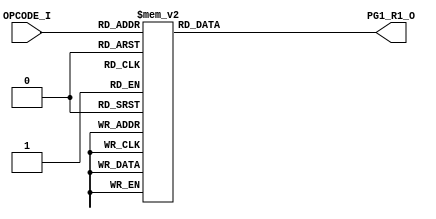
// [TURBO9_DECODE_HEADER_START]
//////////////////////////////////////////////////////////////////////////////
//                          Turbo9 Microprocessor IP
//////////////////////////////////////////////////////////////////////////////
// Website: www.turbo9.org
// Contact: team[at]turbo9[dot]org
//////////////////////////////////////////////////////////////////////////////
// [TURBO9_DECODE_LICENSE_START]
// BSD-1-Clause
//
// Copyright (c) 2020-2023
// Kevin Phillipson
// Michael Rywalt
// All rights reserved.
//
// Redistribution and use in source and binary forms, with or without
// modification, are permitted provided that the following conditions are met:
//
// 1. Redistributions of source code must retain the above copyright notice,
//    this list of conditions and the following disclaimer.
//
// THIS SOFTWARE IS PROVIDED BY THE COPYRIGHT HOLDERS AND CONTRIBUTORS "AS IS"
// AND ANY EXPRESS OR IMPLIED WARRANTIES, INCLUDING, BUT NOT LIMITED TO, THE
// IMPLIED WARRANTIES OF MERCHANTABILITY AND FITNESS FOR A PARTICULAR PURPOSE
// ARE DISCLAIMED. IN NO EVENT SHALL THE COPYRIGHT HOLDERS AND CONTRIBUTORS BE
// LIABLE FOR ANY DIRECT, INDIRECT, INCIDENTAL, SPECIAL, EXEMPLARY, OR
// CONSEQUENTIAL DAMAGES (INCLUDING, BUT NOT LIMITED TO, PROCUREMENT OF
// SUBSTITUTE GOODS OR SERVICES; LOSS OF USE, DATA, OR PROFITS; OR BUSINESS
// INTERRUPTION) HOWEVER CAUSED AND ON ANY THEORY OF LIABILITY, WHETHER IN
// CONTRACT, STRICT LIABILITY, OR TORT (INCLUDING NEGLIGENCE OR OTHERWISE)
// ARISING IN ANY WAY OUT OF THE USE OF THIS SOFTWARE, EVEN IF ADVISED OF THE
// POSSIBILITY OF SUCH DAMAGE.
// [TURBO9_DECODE_LICENSE_END]
//////////////////////////////////////////////////////////////////////////////
// Description:
// Assembled from turbo9_urtl.asm file
// built using cv_R1_SEL ctrl_vec
//
//////////////////////////////////////////////////////////////////////////////
// History:
// 07.14.2023 - Kevin Phillipson
//   File header added
//
//////////////////////////////////////////////////////////////////////////////
// [TURBO9_DECODE_HEADER_END]

/////////////////////////////////////////////////////////////////////////////
//                                MODULE
/////////////////////////////////////////////////////////////////////////////
module turbo9_urtl_decode_pg1_R1(
  input      [7:0] OPCODE_I,
  output reg [3:0] PG1_R1_O
);

/////////////////////////////////////////////////////////////////////////////
//                                LOGIC
/////////////////////////////////////////////////////////////////////////////

always @* begin
  case (OPCODE_I)
    8'h00 : PG1_R1_O = 4'hd; // DMEM_RD     NEG (dir idx ext) sets 8bit width
    8'h03 : PG1_R1_O = 4'hd; // DMEM_RD     COM (dir idx ext) sets 8bit width
    8'h04 : PG1_R1_O = 4'hd; // DMEM_RD     LSR (dir idx ext)
    8'h06 : PG1_R1_O = 4'hd; // DMEM_RD     ROR (dir idx ext)
    8'h07 : PG1_R1_O = 4'hd; // DMEM_RD     ASR (dir idx ext)
    8'h08 : PG1_R1_O = 4'hd; // DMEM_RD     ASL LSL (dir idx ext)
    8'h09 : PG1_R1_O = 4'hd; // DMEM_RD     ROL (dir idx ext)
    8'h0A : PG1_R1_O = 4'hd; // DMEM_RD     DEC (dir idx ext)
    8'h0C : PG1_R1_O = 4'hd; // DMEM_RD     INC (dir idx ext)
    8'h0D : PG1_R1_O = 4'hd; // DMEM_RD     TST (dir idx ext)
    8'h0E : PG1_R1_O = 4'h5; // PC          JMP (dir ext)
    8'h0F : PG1_R1_O = 4'hd; // DMEM_RD     CLR (dir ext) sets 8bit width
    8'h14 : PG1_R1_O = 4'h0; // D           EMUL (inh)
    8'h16 : PG1_R1_O = 4'h5; // PC          LBRA 
    8'h17 : PG1_R1_O = 4'h5; // PC          BSR LBSR
    8'h18 : PG1_R1_O = 4'h1; // X           IDIV (inh)
    8'h19 : PG1_R1_O = 4'h0; // D           DAA (inh)
    8'h1A : PG1_R1_O = 4'ha; // CCR         ORCC (imm)
    8'h1C : PG1_R1_O = 4'ha; // CCR         ANDCC (imm)
    8'h1D : PG1_R1_O = 4'h0; // D           SEX(inh)
    8'h20 : PG1_R1_O = 4'h5; // PC          BRA BRN BHI BLS
    8'h21 : PG1_R1_O = 4'h5; // PC          BRA BRN BHI BLS
    8'h22 : PG1_R1_O = 4'h5; // PC          BRA BRN BHI BLS
    8'h23 : PG1_R1_O = 4'h5; // PC          BRA BRN BHI BLS
    8'h24 : PG1_R1_O = 4'h5; // PC          BCC BCS BNE BEQ
    8'h25 : PG1_R1_O = 4'h5; // PC          BCC BCS BNE BEQ
    8'h26 : PG1_R1_O = 4'h5; // PC          BCC BCS BNE BEQ
    8'h27 : PG1_R1_O = 4'h5; // PC          BCC BCS BNE BEQ
    8'h28 : PG1_R1_O = 4'h5; // PC          BVC BVS BPL BMI
    8'h29 : PG1_R1_O = 4'h5; // PC          BVC BVS BPL BMI
    8'h2A : PG1_R1_O = 4'h5; // PC          BVC BVS BPL BMI
    8'h2B : PG1_R1_O = 4'h5; // PC          BVC BVS BPL BMI
    8'h2C : PG1_R1_O = 4'h5; // PC          BGE BLT BGT BLE
    8'h2D : PG1_R1_O = 4'h5; // PC          BGE BLT BGT BLE
    8'h2E : PG1_R1_O = 4'h5; // PC          BGE BLT BGT BLE
    8'h2F : PG1_R1_O = 4'h5; // PC          BGE BLT BGT BLE
    8'h30 : PG1_R1_O = 4'h1; // X           LEAX(inh)
    8'h31 : PG1_R1_O = 4'h2; // Y           LEAY(inh)
    8'h32 : PG1_R1_O = 4'h4; // S           LEAS(inh)
    8'h33 : PG1_R1_O = 4'h3; // U           LEAU(inh)
    8'h39 : PG1_R1_O = 4'h5; // PC          RTS
    8'h3A : PG1_R1_O = 4'h1; // X           ABX(inh)
    8'h3B : PG1_R1_O = 4'h5; // PC          RTI
    8'h3D : PG1_R1_O = 4'h0; // D           MUL (inh)
    8'h3F : PG1_R1_O = 4'h5; // PC          SWI
    8'h40 : PG1_R1_O = 4'h8; // A           NEGA (inh)
    8'h43 : PG1_R1_O = 4'h8; // A           COMA (inh)
    8'h44 : PG1_R1_O = 4'h8; // A           LSRA (inh)
    8'h46 : PG1_R1_O = 4'h8; // A           RORA (inh)
    8'h47 : PG1_R1_O = 4'h8; // A           ASRA (inh)
    8'h48 : PG1_R1_O = 4'h8; // A           ASLA LSLA (inh)
    8'h49 : PG1_R1_O = 4'h8; // A           ROLA (inh)
    8'h4A : PG1_R1_O = 4'h8; // A           DECA (inh)
    8'h4C : PG1_R1_O = 4'h8; // A           INCA (inh)
    8'h4D : PG1_R1_O = 4'h8; // A           TSTA (inh)
    8'h4F : PG1_R1_O = 4'h8; // A           CLRA (inh)
    8'h50 : PG1_R1_O = 4'h9; // B           NEGB (inh)
    8'h53 : PG1_R1_O = 4'h9; // B           COMB (inh)
    8'h54 : PG1_R1_O = 4'h9; // B           LSRB (inh)
    8'h56 : PG1_R1_O = 4'h9; // B           RORB (inh)
    8'h57 : PG1_R1_O = 4'h9; // B           ASRB (inh)
    8'h58 : PG1_R1_O = 4'h9; // B           ASLB LSLB (inh)
    8'h59 : PG1_R1_O = 4'h9; // B           ROLB (inh)
    8'h5A : PG1_R1_O = 4'h9; // B           DECB (inh)
    8'h5C : PG1_R1_O = 4'h9; // B           INCB (inh)
    8'h5D : PG1_R1_O = 4'h9; // B           TSTB (inh)
    8'h5F : PG1_R1_O = 4'h9; // B           CLRB (inh)
    8'h60 : PG1_R1_O = 4'hd; // DMEM_RD     NEG (dir idx ext) sets 8bit width
    8'h63 : PG1_R1_O = 4'hd; // DMEM_RD     COM (dir idx ext) sets 8bit width
    8'h64 : PG1_R1_O = 4'hd; // DMEM_RD     LSR (dir idx ext)
    8'h66 : PG1_R1_O = 4'hd; // DMEM_RD     ROR (dir idx ext)
    8'h67 : PG1_R1_O = 4'hd; // DMEM_RD     ASR (dir idx ext)
    8'h68 : PG1_R1_O = 4'hd; // DMEM_RD     ASL LSL (dir idx ext)
    8'h69 : PG1_R1_O = 4'hd; // DMEM_RD     ROL (dir idx ext)
    8'h6A : PG1_R1_O = 4'hd; // DMEM_RD     DEC (dir idx ext)
    8'h6C : PG1_R1_O = 4'hd; // DMEM_RD     INC (dir idx ext)
    8'h6D : PG1_R1_O = 4'hd; // DMEM_RD     TST (dir idx ext)
    8'h6E : PG1_R1_O = 4'h5; // PC          JMP (idx)
    8'h6F : PG1_R1_O = 4'hd; // DMEM_RD     CLR (idx) sets 8bit width
    8'h70 : PG1_R1_O = 4'hd; // DMEM_RD     NEG (dir idx ext) sets 8bit width
    8'h73 : PG1_R1_O = 4'hd; // DMEM_RD     COM (dir idx ext) sets 8bit width
    8'h74 : PG1_R1_O = 4'hd; // DMEM_RD     LSR (dir idx ext)
    8'h76 : PG1_R1_O = 4'hd; // DMEM_RD     ROR (dir idx ext)
    8'h77 : PG1_R1_O = 4'hd; // DMEM_RD     ASR (dir idx ext)
    8'h78 : PG1_R1_O = 4'hd; // DMEM_RD     ASL LSL (dir idx ext)
    8'h79 : PG1_R1_O = 4'hd; // DMEM_RD     ROL (dir idx ext)
    8'h7A : PG1_R1_O = 4'hd; // DMEM_RD     DEC (dir idx ext)
    8'h7C : PG1_R1_O = 4'hd; // DMEM_RD     INC (dir idx ext)
    8'h7D : PG1_R1_O = 4'hd; // DMEM_RD     TST (dir idx ext)
    8'h7E : PG1_R1_O = 4'h5; // PC          JMP (dir ext)
    8'h7F : PG1_R1_O = 4'hd; // DMEM_RD     CLR (dir ext) sets 8bit width
    8'h80 : PG1_R1_O = 4'h8; // A           SUBA (imm)
    8'h81 : PG1_R1_O = 4'h8; // A           CMPA (imm)
    8'h82 : PG1_R1_O = 4'h8; // A           SBCA (imm)
    8'h83 : PG1_R1_O = 4'h0; // D           SUBD (imm)
    8'h84 : PG1_R1_O = 4'h8; // A           ANDA (imm)
    8'h85 : PG1_R1_O = 4'h8; // A           BITA (imm)
    8'h86 : PG1_R1_O = 4'h8; // A           LDA (imm)
    8'h88 : PG1_R1_O = 4'h8; // A           EORA (imm)
    8'h89 : PG1_R1_O = 4'h8; // A           ADCA (imm)
    8'h8A : PG1_R1_O = 4'h8; // A           ORA (imm)
    8'h8B : PG1_R1_O = 4'h8; // A           ADDA (imm)
    8'h8C : PG1_R1_O = 4'h1; // X           CMPX (imm)
    8'h8D : PG1_R1_O = 4'h5; // PC          BSR LBSR
    8'h8E : PG1_R1_O = 4'h1; // X           LDX (imm)
    8'h90 : PG1_R1_O = 4'h8; // A           SUBA (dir idx ext)
    8'h91 : PG1_R1_O = 4'h8; // A           CMPA (dir idx ext)
    8'h92 : PG1_R1_O = 4'h8; // A           SBCA (dir idx ext)
    8'h93 : PG1_R1_O = 4'h0; // D           SUBD (dir idx ext)
    8'h94 : PG1_R1_O = 4'h8; // A           ANDA (dir idx ext)
    8'h95 : PG1_R1_O = 4'h8; // A           BITA (dir idx ext)
    8'h96 : PG1_R1_O = 4'h8; // A           LDA (dir idx ext)
    8'h97 : PG1_R1_O = 4'h8; // A           STA (dir ext)
    8'h98 : PG1_R1_O = 4'h8; // A           EORA (dir idx ext)
    8'h99 : PG1_R1_O = 4'h8; // A           ADCA (dir idx ext)
    8'h9A : PG1_R1_O = 4'h8; // A           ORA (dir idx ext)
    8'h9B : PG1_R1_O = 4'h8; // A           ADDA (dir idx ext)
    8'h9C : PG1_R1_O = 4'h1; // X           CMPX (dir idx ext)
    8'h9D : PG1_R1_O = 4'h5; // PC          JSR (dir ext)
    8'h9E : PG1_R1_O = 4'h1; // X           LDX (dir idx ext)
    8'h9F : PG1_R1_O = 4'h1; // X           STX (dir ext)
    8'hA0 : PG1_R1_O = 4'h8; // A           SUBA (dir idx ext)
    8'hA1 : PG1_R1_O = 4'h8; // A           CMPA (dir idx ext)
    8'hA2 : PG1_R1_O = 4'h8; // A           SBCA (dir idx ext)
    8'hA3 : PG1_R1_O = 4'h0; // D           SUBD (dir idx ext)
    8'hA4 : PG1_R1_O = 4'h8; // A           ANDA (dir idx ext)
    8'hA5 : PG1_R1_O = 4'h8; // A           BITA (dir idx ext)
    8'hA6 : PG1_R1_O = 4'h8; // A           LDA (dir idx ext)
    8'hA7 : PG1_R1_O = 4'h8; // A           STA (idx)
    8'hA8 : PG1_R1_O = 4'h8; // A           EORA (dir idx ext)
    8'hA9 : PG1_R1_O = 4'h8; // A           ADCA (dir idx ext)
    8'hAA : PG1_R1_O = 4'h8; // A           ORA (dir idx ext)
    8'hAB : PG1_R1_O = 4'h8; // A           ADDA (dir idx ext)
    8'hAC : PG1_R1_O = 4'h1; // X           CMPX (dir idx ext)
    8'hAD : PG1_R1_O = 4'h5; // PC          JSR (idx)
    8'hAE : PG1_R1_O = 4'h1; // X           LDX (dir idx ext)
    8'hAF : PG1_R1_O = 4'h1; // X           STX (idx)
    8'hB0 : PG1_R1_O = 4'h8; // A           SUBA (dir idx ext)
    8'hB1 : PG1_R1_O = 4'h8; // A           CMPA (dir idx ext)
    8'hB2 : PG1_R1_O = 4'h8; // A           SBCA (dir idx ext)
    8'hB3 : PG1_R1_O = 4'h0; // D           SUBD (dir idx ext)
    8'hB4 : PG1_R1_O = 4'h8; // A           ANDA (dir idx ext)
    8'hB5 : PG1_R1_O = 4'h8; // A           BITA (dir idx ext)
    8'hB6 : PG1_R1_O = 4'h8; // A           LDA (dir idx ext)
    8'hB7 : PG1_R1_O = 4'h8; // A           STA (dir ext)
    8'hB8 : PG1_R1_O = 4'h8; // A           EORA (dir idx ext)
    8'hB9 : PG1_R1_O = 4'h8; // A           ADCA (dir idx ext)
    8'hBA : PG1_R1_O = 4'h8; // A           ORA (dir idx ext)
    8'hBB : PG1_R1_O = 4'h8; // A           ADDA (dir idx ext)
    8'hBC : PG1_R1_O = 4'h1; // X           CMPX (dir idx ext)
    8'hBD : PG1_R1_O = 4'h5; // PC          JSR (dir ext)
    8'hBE : PG1_R1_O = 4'h1; // X           LDX (dir idx ext)
    8'hBF : PG1_R1_O = 4'h1; // X           STX (dir ext)
    8'hC0 : PG1_R1_O = 4'h9; // B           SUBB (imm)
    8'hC1 : PG1_R1_O = 4'h9; // B           CMPB (imm)
    8'hC2 : PG1_R1_O = 4'h9; // B           SBCB (imm)
    8'hC3 : PG1_R1_O = 4'h0; // D           ADDD (imm)
    8'hC4 : PG1_R1_O = 4'h9; // B           ANDB (imm)
    8'hC5 : PG1_R1_O = 4'h9; // B           BITB (imm)
    8'hC6 : PG1_R1_O = 4'h9; // B           LDB (imm)
    8'hC8 : PG1_R1_O = 4'h9; // B           EORB (imm)
    8'hC9 : PG1_R1_O = 4'h9; // B           ADCB (imm)
    8'hCA : PG1_R1_O = 4'h9; // B           ORB (imm)
    8'hCB : PG1_R1_O = 4'h9; // B           ADDB (imm)
    8'hCC : PG1_R1_O = 4'h0; // D           LDD (imm)
    8'hCE : PG1_R1_O = 4'h3; // U           LDU (imm)
    8'hD0 : PG1_R1_O = 4'h9; // B           SUBB (dir idx ext)
    8'hD1 : PG1_R1_O = 4'h9; // B           CMPB (dir idx ext)
    8'hD2 : PG1_R1_O = 4'h9; // B           SBCB (dir idx ext)
    8'hD3 : PG1_R1_O = 4'h0; // D           ADDD (dir idx ext)
    8'hD4 : PG1_R1_O = 4'h9; // B           ANDB (dir idx ext)
    8'hD5 : PG1_R1_O = 4'h9; // B           BITB (dir idx ext)
    8'hD6 : PG1_R1_O = 4'h9; // B           LDB (dir idx ext)
    8'hD7 : PG1_R1_O = 4'h9; // B           STB (dir ext)
    8'hD8 : PG1_R1_O = 4'h9; // B           EORB (dir idx ext)
    8'hD9 : PG1_R1_O = 4'h9; // B           ADCB (dir idx ext)
    8'hDA : PG1_R1_O = 4'h9; // B           ORB (dir idx ext)
    8'hDB : PG1_R1_O = 4'h9; // B           ADDB (dir idx ext)
    8'hDC : PG1_R1_O = 4'h0; // D           LDD (dir idx ext)
    8'hDD : PG1_R1_O = 4'h0; // D           STD (dir ext)
    8'hDE : PG1_R1_O = 4'h3; // U           LDU (dir idx ext)
    8'hDF : PG1_R1_O = 4'h3; // U           STU (dir ext)
    8'hE0 : PG1_R1_O = 4'h9; // B           SUBB (dir idx ext)
    8'hE1 : PG1_R1_O = 4'h9; // B           CMPB (dir idx ext)
    8'hE2 : PG1_R1_O = 4'h9; // B           SBCB (dir idx ext)
    8'hE3 : PG1_R1_O = 4'h0; // D           ADDD (dir idx ext)
    8'hE4 : PG1_R1_O = 4'h9; // B           ANDB (dir idx ext)
    8'hE5 : PG1_R1_O = 4'h9; // B           BITB (dir idx ext)
    8'hE6 : PG1_R1_O = 4'h9; // B           LDB (dir idx ext)
    8'hE7 : PG1_R1_O = 4'h9; // B           STB (idx)
    8'hE8 : PG1_R1_O = 4'h9; // B           EORB (dir idx ext)
    8'hE9 : PG1_R1_O = 4'h9; // B           ADCB (dir idx ext)
    8'hEA : PG1_R1_O = 4'h9; // B           ORB (dir idx ext)
    8'hEB : PG1_R1_O = 4'h9; // B           ADDB (dir idx ext)
    8'hEC : PG1_R1_O = 4'h0; // D           LDD (dir idx ext)
    8'hED : PG1_R1_O = 4'h0; // D           STD (idx)
    8'hEE : PG1_R1_O = 4'h3; // U           LDU (dir idx ext)
    8'hEF : PG1_R1_O = 4'h3; // U           STU (idx)
    8'hF0 : PG1_R1_O = 4'h9; // B           SUBB (dir idx ext)
    8'hF1 : PG1_R1_O = 4'h9; // B           CMPB (dir idx ext)
    8'hF2 : PG1_R1_O = 4'h9; // B           SBCB (dir idx ext)
    8'hF3 : PG1_R1_O = 4'h0; // D           ADDD (dir idx ext)
    8'hF4 : PG1_R1_O = 4'h9; // B           ANDB (dir idx ext)
    8'hF5 : PG1_R1_O = 4'h9; // B           BITB (dir idx ext)
    8'hF6 : PG1_R1_O = 4'h9; // B           LDB (dir idx ext)
    8'hF7 : PG1_R1_O = 4'h9; // B           STB (dir ext)
    8'hF8 : PG1_R1_O = 4'h9; // B           EORB (dir idx ext)
    8'hF9 : PG1_R1_O = 4'h9; // B           ADCB (dir idx ext)
    8'hFA : PG1_R1_O = 4'h9; // B           ORB (dir idx ext)
    8'hFB : PG1_R1_O = 4'h9; // B           ADDB (dir idx ext)
    8'hFC : PG1_R1_O = 4'h0; // D           LDD (dir idx ext)
    8'hFD : PG1_R1_O = 4'h0; // D           STD (dir ext)
    8'hFE : PG1_R1_O = 4'h3; // U           LDU (dir idx ext)
    8'hFF : PG1_R1_O = 4'h3; // U           STU (dir ext)
    default : PG1_R1_O = 4'hx; // from decode_init
  endcase
end

`ifdef SIM_TURBO9

reg [(8*64):0] PG1_R1_op;

always @* begin
  case (OPCODE_I)
    8'h00 : PG1_R1_op = "NEG (dir idx ext) sets 8bit width";
    8'h03 : PG1_R1_op = "COM (dir idx ext) sets 8bit width";
    8'h04 : PG1_R1_op = "LSR (dir idx ext)";
    8'h06 : PG1_R1_op = "ROR (dir idx ext)";
    8'h07 : PG1_R1_op = "ASR (dir idx ext)";
    8'h08 : PG1_R1_op = "ASL LSL (dir idx ext)";
    8'h09 : PG1_R1_op = "ROL (dir idx ext)";
    8'h0A : PG1_R1_op = "DEC (dir idx ext)";
    8'h0C : PG1_R1_op = "INC (dir idx ext)";
    8'h0D : PG1_R1_op = "TST (dir idx ext)";
    8'h0E : PG1_R1_op = "JMP (dir ext)";
    8'h0F : PG1_R1_op = "CLR (dir ext) sets 8bit width";
    8'h14 : PG1_R1_op = "EMUL (inh)";
    8'h16 : PG1_R1_op = "LBRA ";
    8'h17 : PG1_R1_op = "BSR LBSR";
    8'h18 : PG1_R1_op = "IDIV (inh)";
    8'h19 : PG1_R1_op = "DAA (inh)";
    8'h1A : PG1_R1_op = "ORCC (imm)";
    8'h1C : PG1_R1_op = "ANDCC (imm)";
    8'h1D : PG1_R1_op = "SEX(inh)";
    8'h20 : PG1_R1_op = "BRA BRN BHI BLS";
    8'h21 : PG1_R1_op = "BRA BRN BHI BLS";
    8'h22 : PG1_R1_op = "BRA BRN BHI BLS";
    8'h23 : PG1_R1_op = "BRA BRN BHI BLS";
    8'h24 : PG1_R1_op = "BCC BCS BNE BEQ";
    8'h25 : PG1_R1_op = "BCC BCS BNE BEQ";
    8'h26 : PG1_R1_op = "BCC BCS BNE BEQ";
    8'h27 : PG1_R1_op = "BCC BCS BNE BEQ";
    8'h28 : PG1_R1_op = "BVC BVS BPL BMI";
    8'h29 : PG1_R1_op = "BVC BVS BPL BMI";
    8'h2A : PG1_R1_op = "BVC BVS BPL BMI";
    8'h2B : PG1_R1_op = "BVC BVS BPL BMI";
    8'h2C : PG1_R1_op = "BGE BLT BGT BLE";
    8'h2D : PG1_R1_op = "BGE BLT BGT BLE";
    8'h2E : PG1_R1_op = "BGE BLT BGT BLE";
    8'h2F : PG1_R1_op = "BGE BLT BGT BLE";
    8'h30 : PG1_R1_op = "LEAX(inh)";
    8'h31 : PG1_R1_op = "LEAY(inh)";
    8'h32 : PG1_R1_op = "LEAS(inh)";
    8'h33 : PG1_R1_op = "LEAU(inh)";
    8'h39 : PG1_R1_op = "RTS";
    8'h3A : PG1_R1_op = "ABX(inh)";
    8'h3B : PG1_R1_op = "RTI";
    8'h3D : PG1_R1_op = "MUL (inh)";
    8'h3F : PG1_R1_op = "SWI";
    8'h40 : PG1_R1_op = "NEGA (inh)";
    8'h43 : PG1_R1_op = "COMA (inh)";
    8'h44 : PG1_R1_op = "LSRA (inh)";
    8'h46 : PG1_R1_op = "RORA (inh)";
    8'h47 : PG1_R1_op = "ASRA (inh)";
    8'h48 : PG1_R1_op = "ASLA LSLA (inh)";
    8'h49 : PG1_R1_op = "ROLA (inh)";
    8'h4A : PG1_R1_op = "DECA (inh)";
    8'h4C : PG1_R1_op = "INCA (inh)";
    8'h4D : PG1_R1_op = "TSTA (inh)";
    8'h4F : PG1_R1_op = "CLRA (inh)";
    8'h50 : PG1_R1_op = "NEGB (inh)";
    8'h53 : PG1_R1_op = "COMB (inh)";
    8'h54 : PG1_R1_op = "LSRB (inh)";
    8'h56 : PG1_R1_op = "RORB (inh)";
    8'h57 : PG1_R1_op = "ASRB (inh)";
    8'h58 : PG1_R1_op = "ASLB LSLB (inh)";
    8'h59 : PG1_R1_op = "ROLB (inh)";
    8'h5A : PG1_R1_op = "DECB (inh)";
    8'h5C : PG1_R1_op = "INCB (inh)";
    8'h5D : PG1_R1_op = "TSTB (inh)";
    8'h5F : PG1_R1_op = "CLRB (inh)";
    8'h60 : PG1_R1_op = "NEG (dir idx ext) sets 8bit width";
    8'h63 : PG1_R1_op = "COM (dir idx ext) sets 8bit width";
    8'h64 : PG1_R1_op = "LSR (dir idx ext)";
    8'h66 : PG1_R1_op = "ROR (dir idx ext)";
    8'h67 : PG1_R1_op = "ASR (dir idx ext)";
    8'h68 : PG1_R1_op = "ASL LSL (dir idx ext)";
    8'h69 : PG1_R1_op = "ROL (dir idx ext)";
    8'h6A : PG1_R1_op = "DEC (dir idx ext)";
    8'h6C : PG1_R1_op = "INC (dir idx ext)";
    8'h6D : PG1_R1_op = "TST (dir idx ext)";
    8'h6E : PG1_R1_op = "JMP (idx)";
    8'h6F : PG1_R1_op = "CLR (idx) sets 8bit width";
    8'h70 : PG1_R1_op = "NEG (dir idx ext) sets 8bit width";
    8'h73 : PG1_R1_op = "COM (dir idx ext) sets 8bit width";
    8'h74 : PG1_R1_op = "LSR (dir idx ext)";
    8'h76 : PG1_R1_op = "ROR (dir idx ext)";
    8'h77 : PG1_R1_op = "ASR (dir idx ext)";
    8'h78 : PG1_R1_op = "ASL LSL (dir idx ext)";
    8'h79 : PG1_R1_op = "ROL (dir idx ext)";
    8'h7A : PG1_R1_op = "DEC (dir idx ext)";
    8'h7C : PG1_R1_op = "INC (dir idx ext)";
    8'h7D : PG1_R1_op = "TST (dir idx ext)";
    8'h7E : PG1_R1_op = "JMP (dir ext)";
    8'h7F : PG1_R1_op = "CLR (dir ext) sets 8bit width";
    8'h80 : PG1_R1_op = "SUBA (imm)";
    8'h81 : PG1_R1_op = "CMPA (imm)";
    8'h82 : PG1_R1_op = "SBCA (imm)";
    8'h83 : PG1_R1_op = "SUBD (imm)";
    8'h84 : PG1_R1_op = "ANDA (imm)";
    8'h85 : PG1_R1_op = "BITA (imm)";
    8'h86 : PG1_R1_op = "LDA (imm)";
    8'h88 : PG1_R1_op = "EORA (imm)";
    8'h89 : PG1_R1_op = "ADCA (imm)";
    8'h8A : PG1_R1_op = "ORA (imm)";
    8'h8B : PG1_R1_op = "ADDA (imm)";
    8'h8C : PG1_R1_op = "CMPX (imm)";
    8'h8D : PG1_R1_op = "BSR LBSR";
    8'h8E : PG1_R1_op = "LDX (imm)";
    8'h90 : PG1_R1_op = "SUBA (dir idx ext)";
    8'h91 : PG1_R1_op = "CMPA (dir idx ext)";
    8'h92 : PG1_R1_op = "SBCA (dir idx ext)";
    8'h93 : PG1_R1_op = "SUBD (dir idx ext)";
    8'h94 : PG1_R1_op = "ANDA (dir idx ext)";
    8'h95 : PG1_R1_op = "BITA (dir idx ext)";
    8'h96 : PG1_R1_op = "LDA (dir idx ext)";
    8'h97 : PG1_R1_op = "STA (dir ext)";
    8'h98 : PG1_R1_op = "EORA (dir idx ext)";
    8'h99 : PG1_R1_op = "ADCA (dir idx ext)";
    8'h9A : PG1_R1_op = "ORA (dir idx ext)";
    8'h9B : PG1_R1_op = "ADDA (dir idx ext)";
    8'h9C : PG1_R1_op = "CMPX (dir idx ext)";
    8'h9D : PG1_R1_op = "JSR (dir ext)";
    8'h9E : PG1_R1_op = "LDX (dir idx ext)";
    8'h9F : PG1_R1_op = "STX (dir ext)";
    8'hA0 : PG1_R1_op = "SUBA (dir idx ext)";
    8'hA1 : PG1_R1_op = "CMPA (dir idx ext)";
    8'hA2 : PG1_R1_op = "SBCA (dir idx ext)";
    8'hA3 : PG1_R1_op = "SUBD (dir idx ext)";
    8'hA4 : PG1_R1_op = "ANDA (dir idx ext)";
    8'hA5 : PG1_R1_op = "BITA (dir idx ext)";
    8'hA6 : PG1_R1_op = "LDA (dir idx ext)";
    8'hA7 : PG1_R1_op = "STA (idx)";
    8'hA8 : PG1_R1_op = "EORA (dir idx ext)";
    8'hA9 : PG1_R1_op = "ADCA (dir idx ext)";
    8'hAA : PG1_R1_op = "ORA (dir idx ext)";
    8'hAB : PG1_R1_op = "ADDA (dir idx ext)";
    8'hAC : PG1_R1_op = "CMPX (dir idx ext)";
    8'hAD : PG1_R1_op = "JSR (idx)";
    8'hAE : PG1_R1_op = "LDX (dir idx ext)";
    8'hAF : PG1_R1_op = "STX (idx)";
    8'hB0 : PG1_R1_op = "SUBA (dir idx ext)";
    8'hB1 : PG1_R1_op = "CMPA (dir idx ext)";
    8'hB2 : PG1_R1_op = "SBCA (dir idx ext)";
    8'hB3 : PG1_R1_op = "SUBD (dir idx ext)";
    8'hB4 : PG1_R1_op = "ANDA (dir idx ext)";
    8'hB5 : PG1_R1_op = "BITA (dir idx ext)";
    8'hB6 : PG1_R1_op = "LDA (dir idx ext)";
    8'hB7 : PG1_R1_op = "STA (dir ext)";
    8'hB8 : PG1_R1_op = "EORA (dir idx ext)";
    8'hB9 : PG1_R1_op = "ADCA (dir idx ext)";
    8'hBA : PG1_R1_op = "ORA (dir idx ext)";
    8'hBB : PG1_R1_op = "ADDA (dir idx ext)";
    8'hBC : PG1_R1_op = "CMPX (dir idx ext)";
    8'hBD : PG1_R1_op = "JSR (dir ext)";
    8'hBE : PG1_R1_op = "LDX (dir idx ext)";
    8'hBF : PG1_R1_op = "STX (dir ext)";
    8'hC0 : PG1_R1_op = "SUBB (imm)";
    8'hC1 : PG1_R1_op = "CMPB (imm)";
    8'hC2 : PG1_R1_op = "SBCB (imm)";
    8'hC3 : PG1_R1_op = "ADDD (imm)";
    8'hC4 : PG1_R1_op = "ANDB (imm)";
    8'hC5 : PG1_R1_op = "BITB (imm)";
    8'hC6 : PG1_R1_op = "LDB (imm)";
    8'hC8 : PG1_R1_op = "EORB (imm)";
    8'hC9 : PG1_R1_op = "ADCB (imm)";
    8'hCA : PG1_R1_op = "ORB (imm)";
    8'hCB : PG1_R1_op = "ADDB (imm)";
    8'hCC : PG1_R1_op = "LDD (imm)";
    8'hCE : PG1_R1_op = "LDU (imm)";
    8'hD0 : PG1_R1_op = "SUBB (dir idx ext)";
    8'hD1 : PG1_R1_op = "CMPB (dir idx ext)";
    8'hD2 : PG1_R1_op = "SBCB (dir idx ext)";
    8'hD3 : PG1_R1_op = "ADDD (dir idx ext)";
    8'hD4 : PG1_R1_op = "ANDB (dir idx ext)";
    8'hD5 : PG1_R1_op = "BITB (dir idx ext)";
    8'hD6 : PG1_R1_op = "LDB (dir idx ext)";
    8'hD7 : PG1_R1_op = "STB (dir ext)";
    8'hD8 : PG1_R1_op = "EORB (dir idx ext)";
    8'hD9 : PG1_R1_op = "ADCB (dir idx ext)";
    8'hDA : PG1_R1_op = "ORB (dir idx ext)";
    8'hDB : PG1_R1_op = "ADDB (dir idx ext)";
    8'hDC : PG1_R1_op = "LDD (dir idx ext)";
    8'hDD : PG1_R1_op = "STD (dir ext)";
    8'hDE : PG1_R1_op = "LDU (dir idx ext)";
    8'hDF : PG1_R1_op = "STU (dir ext)";
    8'hE0 : PG1_R1_op = "SUBB (dir idx ext)";
    8'hE1 : PG1_R1_op = "CMPB (dir idx ext)";
    8'hE2 : PG1_R1_op = "SBCB (dir idx ext)";
    8'hE3 : PG1_R1_op = "ADDD (dir idx ext)";
    8'hE4 : PG1_R1_op = "ANDB (dir idx ext)";
    8'hE5 : PG1_R1_op = "BITB (dir idx ext)";
    8'hE6 : PG1_R1_op = "LDB (dir idx ext)";
    8'hE7 : PG1_R1_op = "STB (idx)";
    8'hE8 : PG1_R1_op = "EORB (dir idx ext)";
    8'hE9 : PG1_R1_op = "ADCB (dir idx ext)";
    8'hEA : PG1_R1_op = "ORB (dir idx ext)";
    8'hEB : PG1_R1_op = "ADDB (dir idx ext)";
    8'hEC : PG1_R1_op = "LDD (dir idx ext)";
    8'hED : PG1_R1_op = "STD (idx)";
    8'hEE : PG1_R1_op = "LDU (dir idx ext)";
    8'hEF : PG1_R1_op = "STU (idx)";
    8'hF0 : PG1_R1_op = "SUBB (dir idx ext)";
    8'hF1 : PG1_R1_op = "CMPB (dir idx ext)";
    8'hF2 : PG1_R1_op = "SBCB (dir idx ext)";
    8'hF3 : PG1_R1_op = "ADDD (dir idx ext)";
    8'hF4 : PG1_R1_op = "ANDB (dir idx ext)";
    8'hF5 : PG1_R1_op = "BITB (dir idx ext)";
    8'hF6 : PG1_R1_op = "LDB (dir idx ext)";
    8'hF7 : PG1_R1_op = "STB (dir ext)";
    8'hF8 : PG1_R1_op = "EORB (dir idx ext)";
    8'hF9 : PG1_R1_op = "ADCB (dir idx ext)";
    8'hFA : PG1_R1_op = "ORB (dir idx ext)";
    8'hFB : PG1_R1_op = "ADDB (dir idx ext)";
    8'hFC : PG1_R1_op = "LDD (dir idx ext)";
    8'hFD : PG1_R1_op = "STD (dir ext)";
    8'hFE : PG1_R1_op = "LDU (dir idx ext)";
    8'hFF : PG1_R1_op = "STU (dir ext)";
    default : PG1_R1_op = "invalid";
  endcase
end

reg [(8*64):0] PG1_R1_eq;

always @* begin
  case (OPCODE_I)
    8'h00 : PG1_R1_eq = "DMEM_RD";
    8'h03 : PG1_R1_eq = "DMEM_RD";
    8'h04 : PG1_R1_eq = "DMEM_RD";
    8'h06 : PG1_R1_eq = "DMEM_RD";
    8'h07 : PG1_R1_eq = "DMEM_RD";
    8'h08 : PG1_R1_eq = "DMEM_RD";
    8'h09 : PG1_R1_eq = "DMEM_RD";
    8'h0A : PG1_R1_eq = "DMEM_RD";
    8'h0C : PG1_R1_eq = "DMEM_RD";
    8'h0D : PG1_R1_eq = "DMEM_RD";
    8'h0E : PG1_R1_eq = "PC";
    8'h0F : PG1_R1_eq = "DMEM_RD";
    8'h14 : PG1_R1_eq = "D";
    8'h16 : PG1_R1_eq = "PC";
    8'h17 : PG1_R1_eq = "PC";
    8'h18 : PG1_R1_eq = "X";
    8'h19 : PG1_R1_eq = "D";
    8'h1A : PG1_R1_eq = "CCR";
    8'h1C : PG1_R1_eq = "CCR";
    8'h1D : PG1_R1_eq = "D";
    8'h20 : PG1_R1_eq = "PC";
    8'h21 : PG1_R1_eq = "PC";
    8'h22 : PG1_R1_eq = "PC";
    8'h23 : PG1_R1_eq = "PC";
    8'h24 : PG1_R1_eq = "PC";
    8'h25 : PG1_R1_eq = "PC";
    8'h26 : PG1_R1_eq = "PC";
    8'h27 : PG1_R1_eq = "PC";
    8'h28 : PG1_R1_eq = "PC";
    8'h29 : PG1_R1_eq = "PC";
    8'h2A : PG1_R1_eq = "PC";
    8'h2B : PG1_R1_eq = "PC";
    8'h2C : PG1_R1_eq = "PC";
    8'h2D : PG1_R1_eq = "PC";
    8'h2E : PG1_R1_eq = "PC";
    8'h2F : PG1_R1_eq = "PC";
    8'h30 : PG1_R1_eq = "X";
    8'h31 : PG1_R1_eq = "Y";
    8'h32 : PG1_R1_eq = "S";
    8'h33 : PG1_R1_eq = "U";
    8'h39 : PG1_R1_eq = "PC";
    8'h3A : PG1_R1_eq = "X";
    8'h3B : PG1_R1_eq = "PC";
    8'h3D : PG1_R1_eq = "D";
    8'h3F : PG1_R1_eq = "PC";
    8'h40 : PG1_R1_eq = "A";
    8'h43 : PG1_R1_eq = "A";
    8'h44 : PG1_R1_eq = "A";
    8'h46 : PG1_R1_eq = "A";
    8'h47 : PG1_R1_eq = "A";
    8'h48 : PG1_R1_eq = "A";
    8'h49 : PG1_R1_eq = "A";
    8'h4A : PG1_R1_eq = "A";
    8'h4C : PG1_R1_eq = "A";
    8'h4D : PG1_R1_eq = "A";
    8'h4F : PG1_R1_eq = "A";
    8'h50 : PG1_R1_eq = "B";
    8'h53 : PG1_R1_eq = "B";
    8'h54 : PG1_R1_eq = "B";
    8'h56 : PG1_R1_eq = "B";
    8'h57 : PG1_R1_eq = "B";
    8'h58 : PG1_R1_eq = "B";
    8'h59 : PG1_R1_eq = "B";
    8'h5A : PG1_R1_eq = "B";
    8'h5C : PG1_R1_eq = "B";
    8'h5D : PG1_R1_eq = "B";
    8'h5F : PG1_R1_eq = "B";
    8'h60 : PG1_R1_eq = "DMEM_RD";
    8'h63 : PG1_R1_eq = "DMEM_RD";
    8'h64 : PG1_R1_eq = "DMEM_RD";
    8'h66 : PG1_R1_eq = "DMEM_RD";
    8'h67 : PG1_R1_eq = "DMEM_RD";
    8'h68 : PG1_R1_eq = "DMEM_RD";
    8'h69 : PG1_R1_eq = "DMEM_RD";
    8'h6A : PG1_R1_eq = "DMEM_RD";
    8'h6C : PG1_R1_eq = "DMEM_RD";
    8'h6D : PG1_R1_eq = "DMEM_RD";
    8'h6E : PG1_R1_eq = "PC";
    8'h6F : PG1_R1_eq = "DMEM_RD";
    8'h70 : PG1_R1_eq = "DMEM_RD";
    8'h73 : PG1_R1_eq = "DMEM_RD";
    8'h74 : PG1_R1_eq = "DMEM_RD";
    8'h76 : PG1_R1_eq = "DMEM_RD";
    8'h77 : PG1_R1_eq = "DMEM_RD";
    8'h78 : PG1_R1_eq = "DMEM_RD";
    8'h79 : PG1_R1_eq = "DMEM_RD";
    8'h7A : PG1_R1_eq = "DMEM_RD";
    8'h7C : PG1_R1_eq = "DMEM_RD";
    8'h7D : PG1_R1_eq = "DMEM_RD";
    8'h7E : PG1_R1_eq = "PC";
    8'h7F : PG1_R1_eq = "DMEM_RD";
    8'h80 : PG1_R1_eq = "A";
    8'h81 : PG1_R1_eq = "A";
    8'h82 : PG1_R1_eq = "A";
    8'h83 : PG1_R1_eq = "D";
    8'h84 : PG1_R1_eq = "A";
    8'h85 : PG1_R1_eq = "A";
    8'h86 : PG1_R1_eq = "A";
    8'h88 : PG1_R1_eq = "A";
    8'h89 : PG1_R1_eq = "A";
    8'h8A : PG1_R1_eq = "A";
    8'h8B : PG1_R1_eq = "A";
    8'h8C : PG1_R1_eq = "X";
    8'h8D : PG1_R1_eq = "PC";
    8'h8E : PG1_R1_eq = "X";
    8'h90 : PG1_R1_eq = "A";
    8'h91 : PG1_R1_eq = "A";
    8'h92 : PG1_R1_eq = "A";
    8'h93 : PG1_R1_eq = "D";
    8'h94 : PG1_R1_eq = "A";
    8'h95 : PG1_R1_eq = "A";
    8'h96 : PG1_R1_eq = "A";
    8'h97 : PG1_R1_eq = "A";
    8'h98 : PG1_R1_eq = "A";
    8'h99 : PG1_R1_eq = "A";
    8'h9A : PG1_R1_eq = "A";
    8'h9B : PG1_R1_eq = "A";
    8'h9C : PG1_R1_eq = "X";
    8'h9D : PG1_R1_eq = "PC";
    8'h9E : PG1_R1_eq = "X";
    8'h9F : PG1_R1_eq = "X";
    8'hA0 : PG1_R1_eq = "A";
    8'hA1 : PG1_R1_eq = "A";
    8'hA2 : PG1_R1_eq = "A";
    8'hA3 : PG1_R1_eq = "D";
    8'hA4 : PG1_R1_eq = "A";
    8'hA5 : PG1_R1_eq = "A";
    8'hA6 : PG1_R1_eq = "A";
    8'hA7 : PG1_R1_eq = "A";
    8'hA8 : PG1_R1_eq = "A";
    8'hA9 : PG1_R1_eq = "A";
    8'hAA : PG1_R1_eq = "A";
    8'hAB : PG1_R1_eq = "A";
    8'hAC : PG1_R1_eq = "X";
    8'hAD : PG1_R1_eq = "PC";
    8'hAE : PG1_R1_eq = "X";
    8'hAF : PG1_R1_eq = "X";
    8'hB0 : PG1_R1_eq = "A";
    8'hB1 : PG1_R1_eq = "A";
    8'hB2 : PG1_R1_eq = "A";
    8'hB3 : PG1_R1_eq = "D";
    8'hB4 : PG1_R1_eq = "A";
    8'hB5 : PG1_R1_eq = "A";
    8'hB6 : PG1_R1_eq = "A";
    8'hB7 : PG1_R1_eq = "A";
    8'hB8 : PG1_R1_eq = "A";
    8'hB9 : PG1_R1_eq = "A";
    8'hBA : PG1_R1_eq = "A";
    8'hBB : PG1_R1_eq = "A";
    8'hBC : PG1_R1_eq = "X";
    8'hBD : PG1_R1_eq = "PC";
    8'hBE : PG1_R1_eq = "X";
    8'hBF : PG1_R1_eq = "X";
    8'hC0 : PG1_R1_eq = "B";
    8'hC1 : PG1_R1_eq = "B";
    8'hC2 : PG1_R1_eq = "B";
    8'hC3 : PG1_R1_eq = "D";
    8'hC4 : PG1_R1_eq = "B";
    8'hC5 : PG1_R1_eq = "B";
    8'hC6 : PG1_R1_eq = "B";
    8'hC8 : PG1_R1_eq = "B";
    8'hC9 : PG1_R1_eq = "B";
    8'hCA : PG1_R1_eq = "B";
    8'hCB : PG1_R1_eq = "B";
    8'hCC : PG1_R1_eq = "D";
    8'hCE : PG1_R1_eq = "U";
    8'hD0 : PG1_R1_eq = "B";
    8'hD1 : PG1_R1_eq = "B";
    8'hD2 : PG1_R1_eq = "B";
    8'hD3 : PG1_R1_eq = "D";
    8'hD4 : PG1_R1_eq = "B";
    8'hD5 : PG1_R1_eq = "B";
    8'hD6 : PG1_R1_eq = "B";
    8'hD7 : PG1_R1_eq = "B";
    8'hD8 : PG1_R1_eq = "B";
    8'hD9 : PG1_R1_eq = "B";
    8'hDA : PG1_R1_eq = "B";
    8'hDB : PG1_R1_eq = "B";
    8'hDC : PG1_R1_eq = "D";
    8'hDD : PG1_R1_eq = "D";
    8'hDE : PG1_R1_eq = "U";
    8'hDF : PG1_R1_eq = "U";
    8'hE0 : PG1_R1_eq = "B";
    8'hE1 : PG1_R1_eq = "B";
    8'hE2 : PG1_R1_eq = "B";
    8'hE3 : PG1_R1_eq = "D";
    8'hE4 : PG1_R1_eq = "B";
    8'hE5 : PG1_R1_eq = "B";
    8'hE6 : PG1_R1_eq = "B";
    8'hE7 : PG1_R1_eq = "B";
    8'hE8 : PG1_R1_eq = "B";
    8'hE9 : PG1_R1_eq = "B";
    8'hEA : PG1_R1_eq = "B";
    8'hEB : PG1_R1_eq = "B";
    8'hEC : PG1_R1_eq = "D";
    8'hED : PG1_R1_eq = "D";
    8'hEE : PG1_R1_eq = "U";
    8'hEF : PG1_R1_eq = "U";
    8'hF0 : PG1_R1_eq = "B";
    8'hF1 : PG1_R1_eq = "B";
    8'hF2 : PG1_R1_eq = "B";
    8'hF3 : PG1_R1_eq = "D";
    8'hF4 : PG1_R1_eq = "B";
    8'hF5 : PG1_R1_eq = "B";
    8'hF6 : PG1_R1_eq = "B";
    8'hF7 : PG1_R1_eq = "B";
    8'hF8 : PG1_R1_eq = "B";
    8'hF9 : PG1_R1_eq = "B";
    8'hFA : PG1_R1_eq = "B";
    8'hFB : PG1_R1_eq = "B";
    8'hFC : PG1_R1_eq = "D";
    8'hFD : PG1_R1_eq = "D";
    8'hFE : PG1_R1_eq = "U";
    8'hFF : PG1_R1_eq = "U";
    default : PG1_R1_eq = "invalid";
  endcase
end

`endif

/////////////////////////////////////////////////////////////////////////////

endmodule